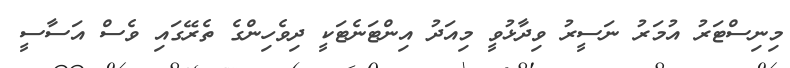
މިނިސްޓަރު އުމަރު ނަސީރު ވިދާޅުވީ މިއަދު އިންޓަނެޓަކީ ދިވެހިންގެ ތެރޭގައި ވެސް އަސާސީ